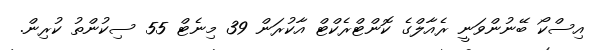
އިސްކޯ ބޭނުންވަނީ ރެއާލްގެ ކޮންޓްރެކްޓް އާކުރަން 39 މިނެޓް 55 ސިކުންތު ކުރިން.